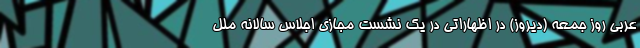
عربی روز جمعه (دیروز) در اظهاراتی در یک نشست مجازی اجلاس سالانه ملل